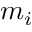
m _ { i }